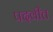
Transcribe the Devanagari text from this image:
पदवीत